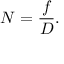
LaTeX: N = { \frac { f } { D } } .